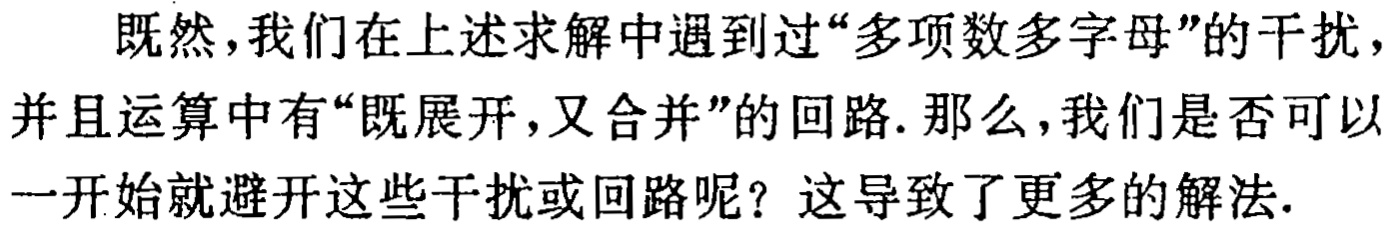
既然,我们在上述求解中遇到过“多项数多字母”的干扰,并且运算中有“既展开,又合并”的回路.那么,我们是否可以一开始就避开这些干扰或回路呢？这导致了更多的解法.